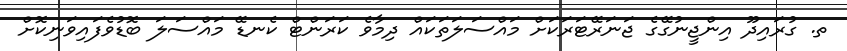
ތ. ގުރައިދޫ އިންޖީނުގޭގެ ޖަނަރޭޓަރަކަށް މައްސަލަތަކައް ދިމާވެ ކަރަންޓް ކެނޑޭ މައްސަލަ ބޮޑުވެފައިވަނިކޮށް